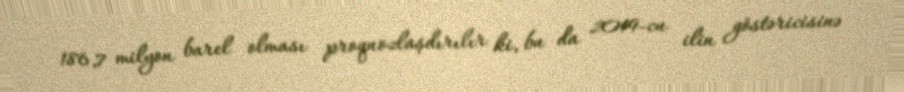
186,7 milyon barel olması proqnozlaşdırılır ki, bu da 2019-cu ilin göstəricisinə